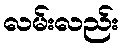
လမ်းလည်း